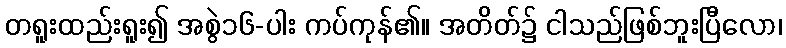
တရူးထည်းရူး၍ အစွဲ၁၆-ပါး ကပ်ကုန်၏။ အတိတ်၌ ငါသည်ဖြစ်ဘူးပြီလော၊